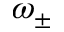
\omega _ { \pm }